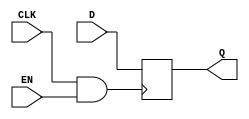
module memory_block (
    input wire CLK,       // Main clock signal
    input wire EN,        // Enable signal
    input wire [7:0] D,   // Data input
    output reg [7:0] Q    // Data output
);

    // Internal gated clock signal
    wire GCLK;

    // Clock gating using AND gate
    assign GCLK = CLK & EN;

    // Memory block operation triggered by the gated clock
    always @(posedge GCLK) begin
        Q <= D; // Sample data on the rising edge of GCLK
    end

endmodule